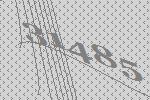
31485